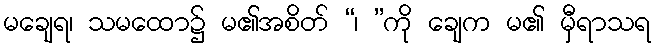
မချေရ၊ သမထော၌ မ၏အစိတ် “၊ ”ကို ချေက မ၏ မှီရာသရ